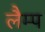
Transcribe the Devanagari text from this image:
लैम्‍प